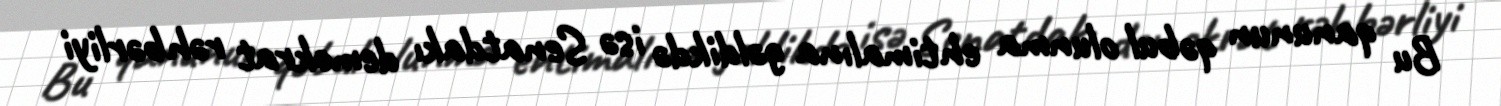
Bu qanunun qəbul olunma ehtimalına gəldikdə isə Senatdakı demokrat rəhbərliyi